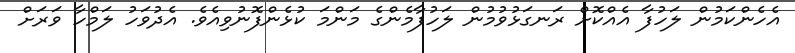
އެހެންކަމުން ލަހުފާ އެއްކޮށް ރަނގަޅުވުމުން ލަހުފާމެންގެ މަންމަ ކުޅެންފޮނުވިއެވެ. އެދުވަހު ލަމްހާ ވަރަށް